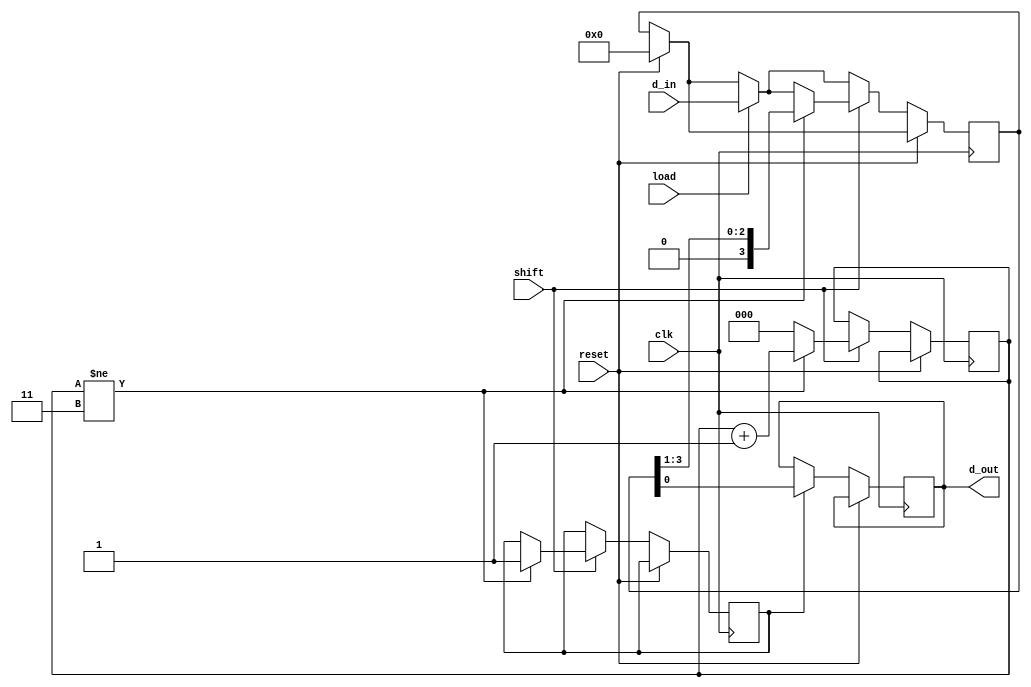


//data is getting loaded but not coming out//
//uptade---> working fine all bits are coming out properly

module piso (clk,reset,load,shift,d_in,d_out);
input clk;
input reset;
input load;
input shift;
input [3:0] d_in;
output reg d_out;

//integer i;
reg [3:0] mem;
reg [2:0] counter;
reg flag;

///synchronization is the funckin problem
/*initial begin
counter=3'b000;
end*/

always@(posedge clk) begin
	if(reset)
		mem<=4'b0000;
 	
 	if(!reset) begin
 	
		if(load) begin	//loading is working well	
			mem<=d_in; 
			
			end
		
		if(shift) begin
		
				if(counter!=3'b011) begin
				//d_out=mem[0]; 
				mem<=mem>>1'b1;
				flag<=1'b1;     //first shift then pull to out
				counter<=counter+1'b1;
					end
	
					
				else			
				counter<=3'b000;
					
			 end
			 
			 if(flag==1'b1) begin
					d_out<=mem[0];
				end
	end
	
	
				
end
endmodule


/*  *************************************************************************************************************************************************************
	(done)data is getting loaded and shifted in mem accordingly 
	(should work out)but is taken out in the next cycle and given to full adder correspondingly- can be solved 
	(Done)But cin right from the first cycle is shown x  problem to be solved first.

*/